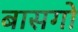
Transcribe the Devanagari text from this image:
बासगो